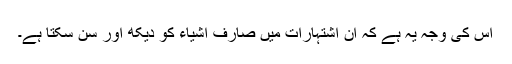
اس کی وجہ یہ ہے کہ ان اشتہارات میں صارف اشیاء کو دیکھ اور سن سکتا ہے۔